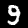
Label: 9